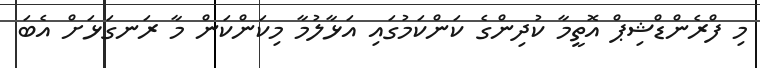
މި ފްރެންޑްޝިޕް އޮތީމާ ކުދިންގެ ކަންކަމުގައި އަޅާލުމާ މިކަންކަން މާ ރަނގަޅަށް އެބަ